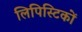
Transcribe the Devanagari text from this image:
लिपिस्टिकों